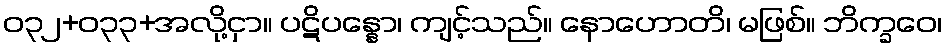
ဝ၃၂+၀၃၃+အလို့ငှာ။ ပဋိပန္နော၊ ကျင့်သည်။ နောဟောတိ၊ မဖြစ်။ ဘိက္ခဝေ၊